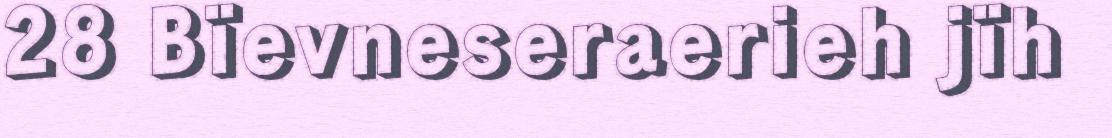
28 Bïevneseraerieh jïh